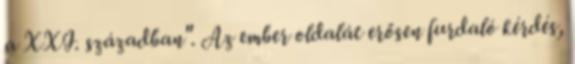
a XXI. században". Az ember oldalát erősen furdaló kérdés,